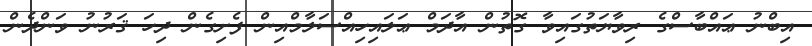
އިބްނު ޢައްބާސްގެ ރިވާޔަތުގައިވާ ގޮތުން އާދަމް ޢަލައިހިއްސަލާމްއިން ފެށިގެން ދިހަ ޤަރުނު ވަންދެން